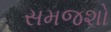
સમજશો